Leaving Certificate Examination, 1910
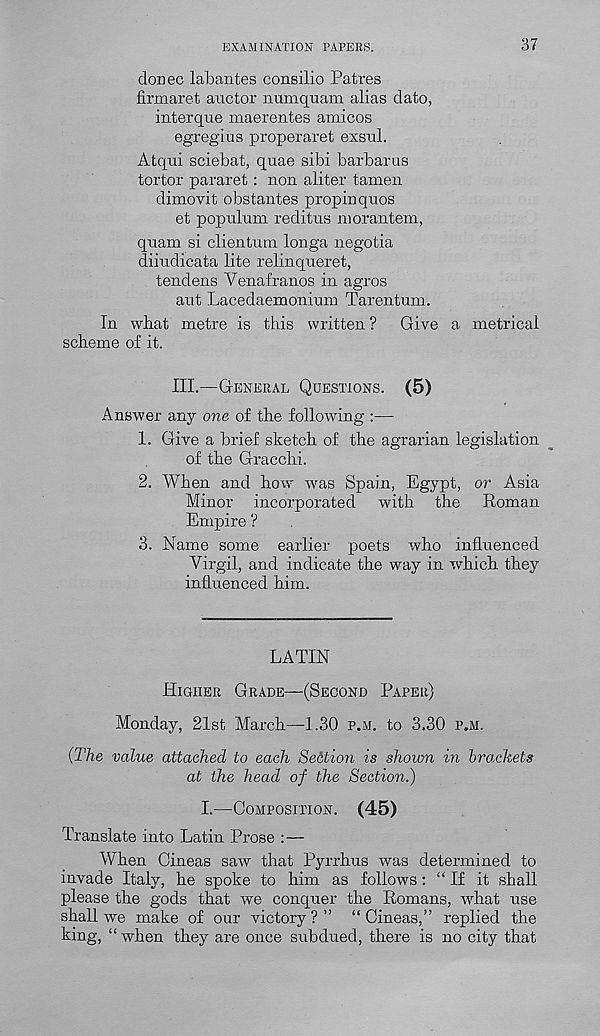
EXAMINATION PAPERS.
37
donee labantes consilio Patres
firmaret anctor numqnam alias dato,
interque maerentes amicos
egregius properaret exsul.
Atqui sciebat, quae sibi barbarus
tortor pararet: non aliter tamen
dimovit obstantes propinquos
et populum reditus morantem,
quam si clientum longa negotia
diiudicata lite relinqueret,
tendens Yen.afran.os in agros
aut Lacedaemonium Tarentum.
In what metre is this written ?
scheme of it.
Give a metrical
III.—General Questions. (5)
Answer any one of the following :—
1. Give a brief sketch of the agrarian legislation
of the Gracchi.
2. When and how was Spain, Egypt, or Asia
Minor incorporated with the Roman
Empire ?
3. Name some earlier poets who influenced
Virgil, and indicate the way in which they
influenced him.
LATIN
Higher Grade—(Second Paper)
Monday, 21st March—1.30 p.m. to 3,30 p.m.
{The value attached to each Section is shown in brockets
at the head of the Section.)
I.—Composition. (45)
Translate into Latin Prose :—
When Cineas saw that Pyrrhus was determined to
invade Italy, he spoke to him as follows: “If it shall
please the gods that we conquer the Romans, what use
shall we make of our victory?” “Cineas,” replied the
king, “when they are once subdued, there is no city that